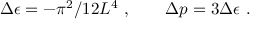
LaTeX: \Delta \epsilon = - \pi ^ { 2 } / 1 2 L ^ { 4 } \ , \qquad \Delta p = 3 \Delta \epsilon \ .